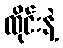
ထိုင်းနဲ့